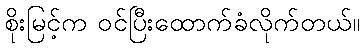
စိုးမြင့်က ဝင်ပြီးထောက်ခံလိုက်တယ်။